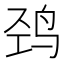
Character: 𱉠